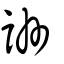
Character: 詶